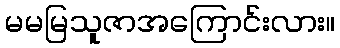
မမမြသူဇာအကြောင်းလား။